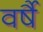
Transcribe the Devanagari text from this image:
वर्षै